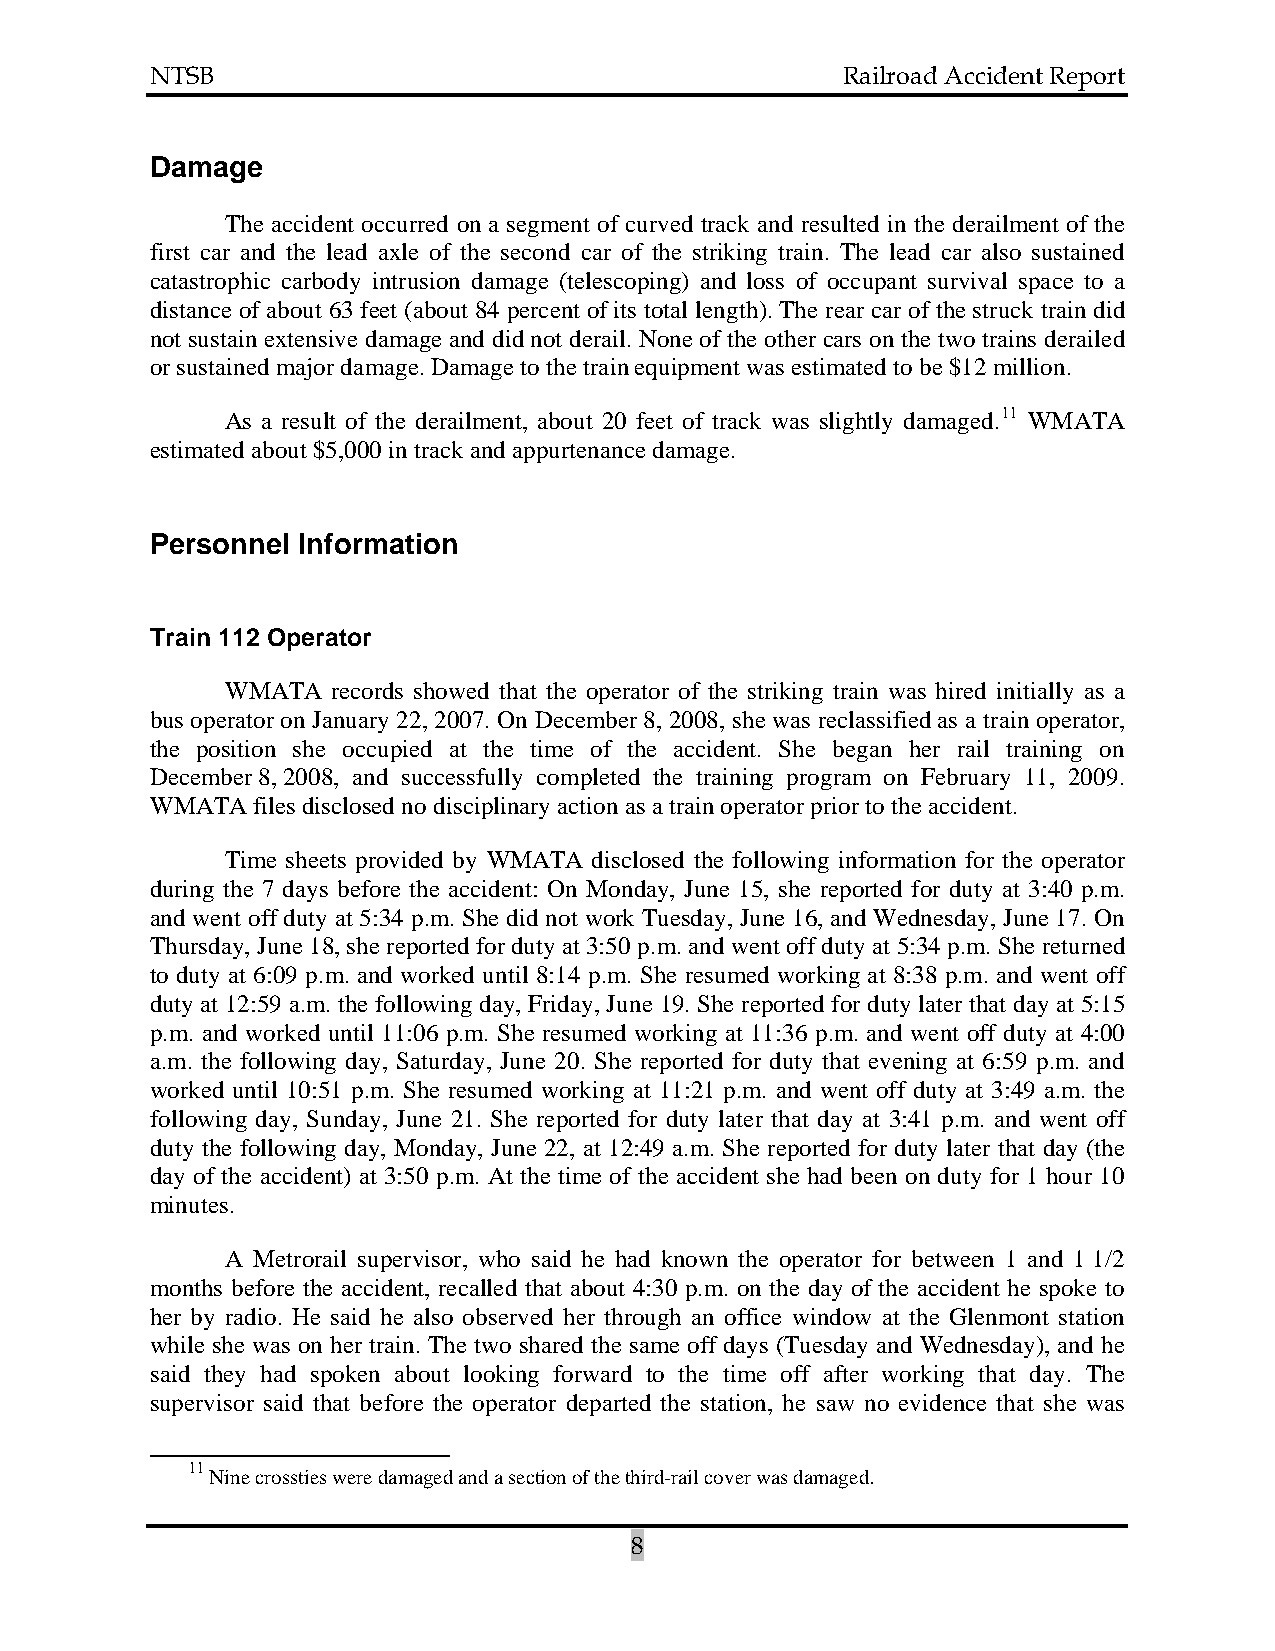
NTSB                                          Railroad Accident Report
 Damage
 The accident occurred on a segment of curved track and resulted in the derailment of the
 first car and the lead axle of the second car of the striking train. The lead car also sustained
 catastrophic carbody intrusion damage (telescoping) and loss of occupant survival space to a
 distance of about 63 feet (about 84 percent of its total length). The rear car of the struck train did
 not sustain extensive damage and did not derail. None of the other cars on the two trains derailed
 or sustained major damage. Damage to the train equipment was estimated to be $12 million.
 As a result of the derailment, about 20 feet of track was slightly damaged.11 WMATA
 estimated about $5,000 in track and appurtenance damage.
 Personnel Information
 Train 112 Operator
 WMATA  records showed that the operator of the striking train was hired initially as a
 bus operator on January 22, 2007. On December 8, 2008, she was reclassified as a train operator,
 the position she occupied at the time of the accident. She began her rail training on
 December 8, 2008, and successfully completed the training program on February 11, 2009.
 WMATA  files disclosed no disciplinary action as a train operator prior to the accident.
 Time sheets provided by WMATA disclosed the following information for the operator
 during the 7 days before the accident: On Monday, June 15, she reported for duty at 3:40 p.m.
 and went off duty at 5:34 p.m. She did not work Tuesday, June 16, and Wednesday, June 17. On
 Thursday, June 18, she reported for duty at 3:50 p.m. and went off duty at 5:34 p.m. She returned
 to duty at 6:09 p.m. and worked until 8:14 p.m. She resumed working at 8:38 p.m. and went off
 duty at 12:59 a.m. the following day, Friday, June 19. She reported for duty later that day at 5:15
 p.m. and worked until 11:06 p.m. She resumed working at 11:36 p.m. and went off duty at 4:00
 a.m. the following day, Saturday, June 20. She reported for duty that evening at 6:59 p.m. and
 worked until 10:51 p.m. She resumed working at 11:21 p.m. and went off duty at 3:49 a.m. the
 following day, Sunday, June 21. She reported for duty later that day at 3:41 p.m. and went off
 duty the following day, Monday, June 22, at 12:49 a.m. She reported for duty later that day (the
 day of the accident) at 3:50 p.m. At the time of the accident she had been on duty for 1 hour 10
 minutes.
 A Metrorail supervisor, who said he had known the operator for between 1 and 1 1/2
 months before the accident, recalled that about 4:30 p.m. on the day of the accident he spoke to
 her by radio. He said he also observed her through an office window at the Glenmont station
 while she was on her train. The two shared the same off days (Tuesday and Wednesday), and he
 said they had spoken about looking forward to the time off after working that day. The
 supervisor said that before the operator departed the station, he saw no evidence that she was
 11
 Nine crossties were damaged and a section of the third-rail cover was damaged.
 8